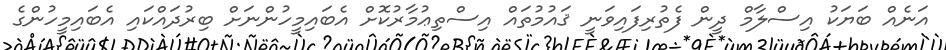
އަނެއް ބަޔަކު އިސްލާމް ދީން ފެތުރިފައިވަނީ ޤައުމުތައް އިސްތިޢުމާރުކޮށް އެބައިމީހުންނަށް ބިރުދައްކައި އެބައިމީހުންގެ